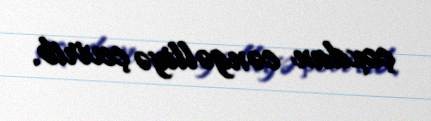
çoxdan cəngəlliyə çevirib.